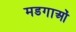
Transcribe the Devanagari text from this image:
मडगाओं